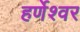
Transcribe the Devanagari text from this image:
हर्णेश्वर